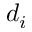
d _ { i }